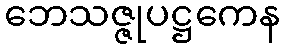
ဘေသဇ္ဇုပဋ္ဌကေန